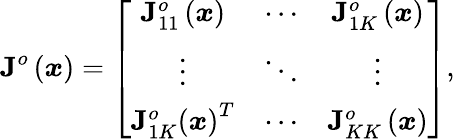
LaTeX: \mathbf{J}^{o}\left(\boldsymbol{x}\right)=\left[\begin{array}{ccc}{\mathbf{J}_{11}^{o}\left(\boldsymbol{x}\right)}&{\cdots}&{\mathbf{J}_{1K}^{o}\left(\boldsymbol{x}\right)}\\ {\vdots}&{\ddots}&{\vdots}\\ {\mathbf{J}_{1K}^{o}\left(\boldsymbol{x}\right)^{T}}&{\cdots}&{\mathbf{J}_{KK}^{o}\left(\boldsymbol{x}\right)}\end{array}\right],